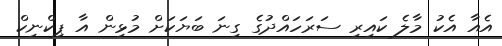
އެއާ އެކު މާލެ ކައިރި ސަރަހައްދުގެ ގިނަ ބަޔަކަށް މުޅިން އާ ޕިކްނިކް